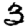
Digit: 3